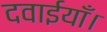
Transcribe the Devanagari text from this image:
दवाईयाँ।